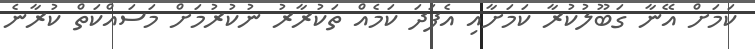
ކަމަށް އޭނާ ގަބޫލުކުރާ ކަމަށާއި އެފަދަ ކަމެއް ތަކުރާރު ނުކުރުމަށް މަސައްކަތް ކުރާނެ